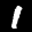
Label: 1